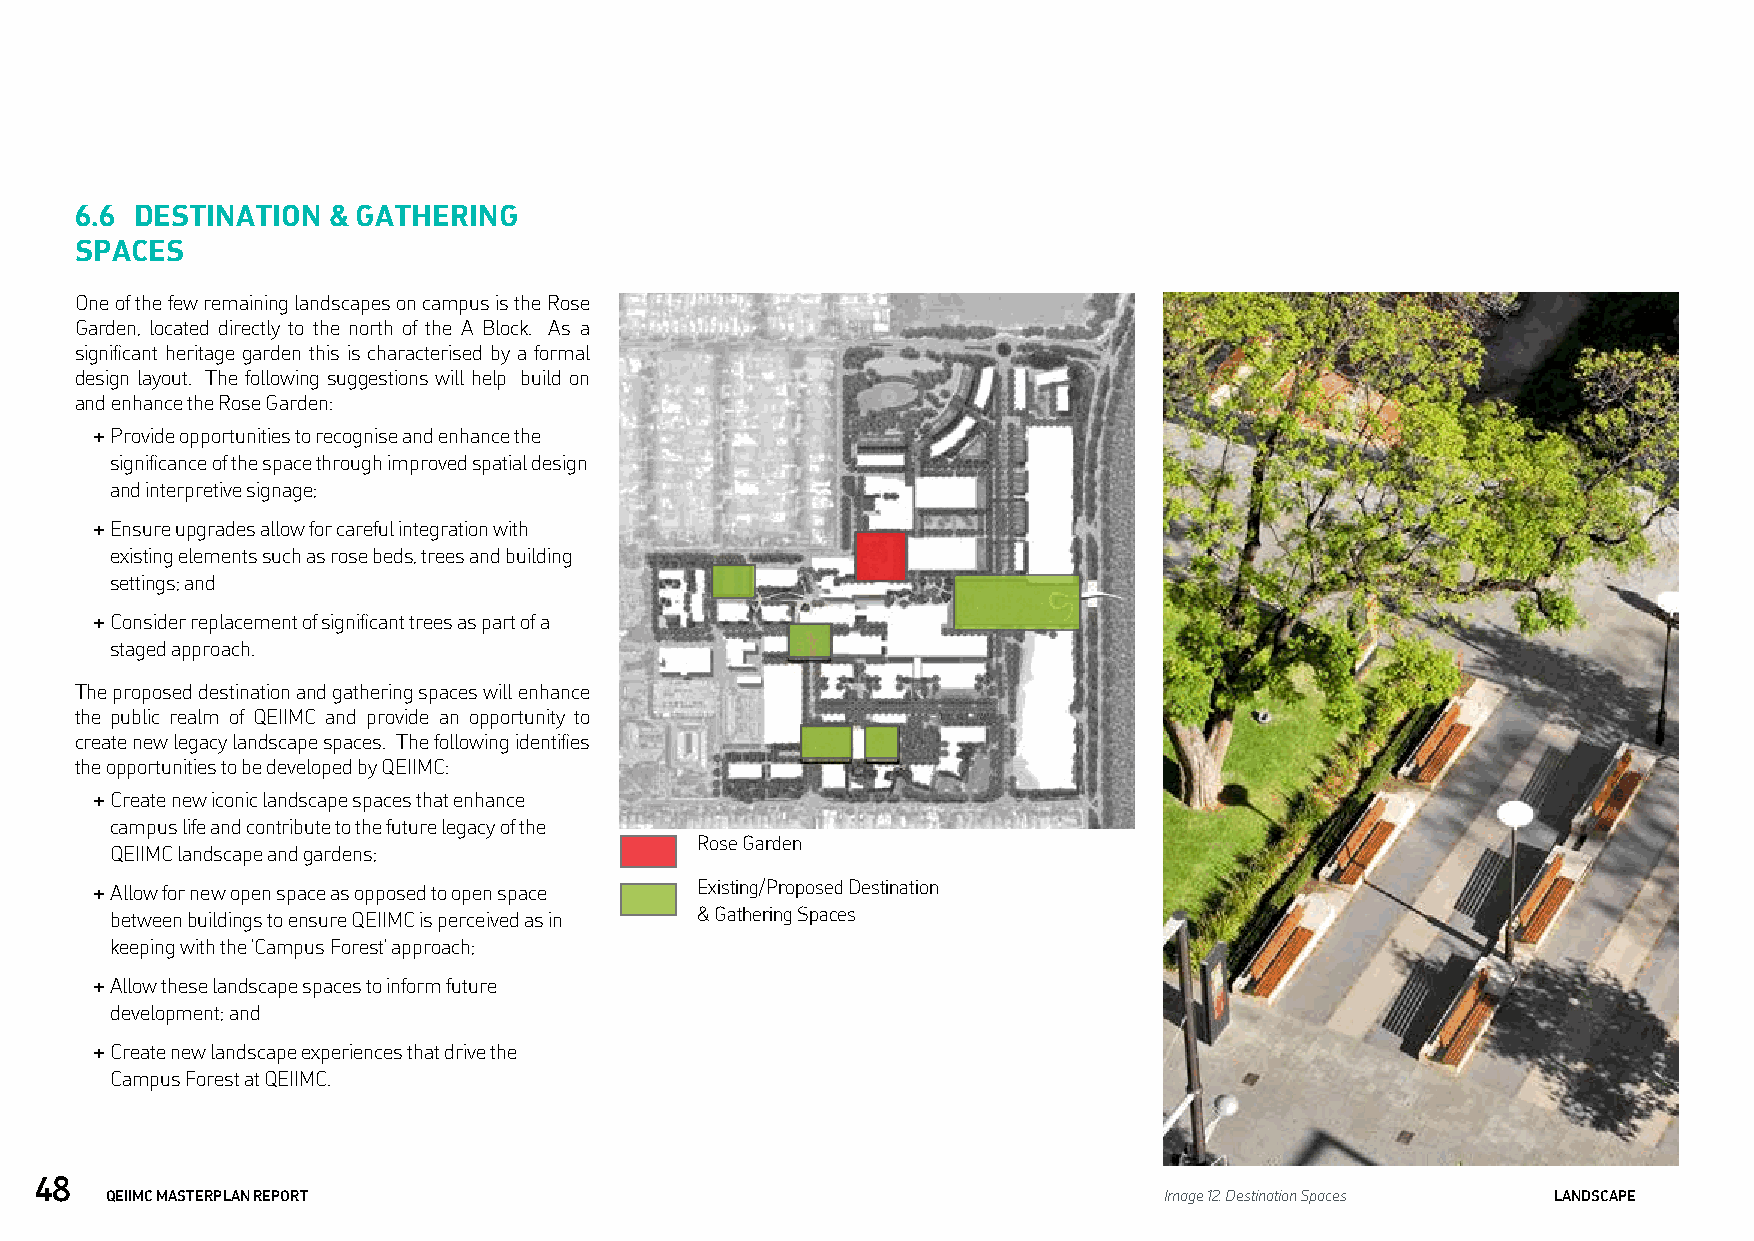
6.6 DESTINATION  & GATHERING
 SPACES
 One of the few remaining landscapes on campus is the Rose
 Garden, located directly to the north of the A Block. As a
 significant heritage garden this is characterised by a formal
 design layout. The following suggestions will help build on
 and enhance the Rose Garden:
 + Provide opportunities to recognise and enhance the
 significance of the space through improved spatial design
 and interpretive signage;
 + Ensure upgrades allow for careful integration with
 existing elements such as rose beds, trees and building
 settings; and
 + Consider replacement of significant trees as part of a
 staged approach.
 The proposed destination and gathering spaces will enhance
 the public realm of QEIIMC and provide an opportunity to
 create new legacy landscape spaces. The following identifies
 the opportunities to be developed by QEIIMC:
 + Create new iconic landscape spaces that enhance
 campus life and contribute to the future legacy of the
 Rose Garden
 QEIIMC landscape and gardens;
 + Allow for new open space as opposed to open space Existing/Proposed Destination
 between buildings to ensure QEIIMC is perceived as in & Gathering Spaces
 keeping with the ‘Campus Forest’ approach;
 + Allow these landscape spaces to inform future
 development; and
 + Create new landscape experiences that drive the
 Campus Forest at QEIIMC.
 48
 QEIIMC MASTERPLAN REPORT                                              Image 12. Destination Spaces LANDSCAPE